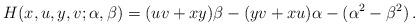
LaTeX: \begin{align*}H(x,u,y,v;\alpha,\beta)=(uv+xy)\beta-(yv+xu)\alpha-(\alpha^2-\beta^2)\,.\end{align*}